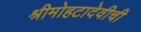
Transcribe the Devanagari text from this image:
श्रीमोहटादेवीची